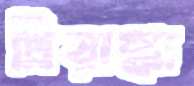
প্রিয়াঙ্কা